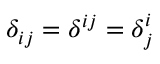
\delta _ { i j } = \delta ^ { i j } = \delta _ { j } ^ { i }